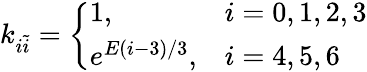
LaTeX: k_{i\tilde{i}}=\left\{ \begin{array}{ll}{1,}&{i=0,1,2,3}\\ {e^{E(i-3)/3},}&{i=4,5,6}\end{array}\right.